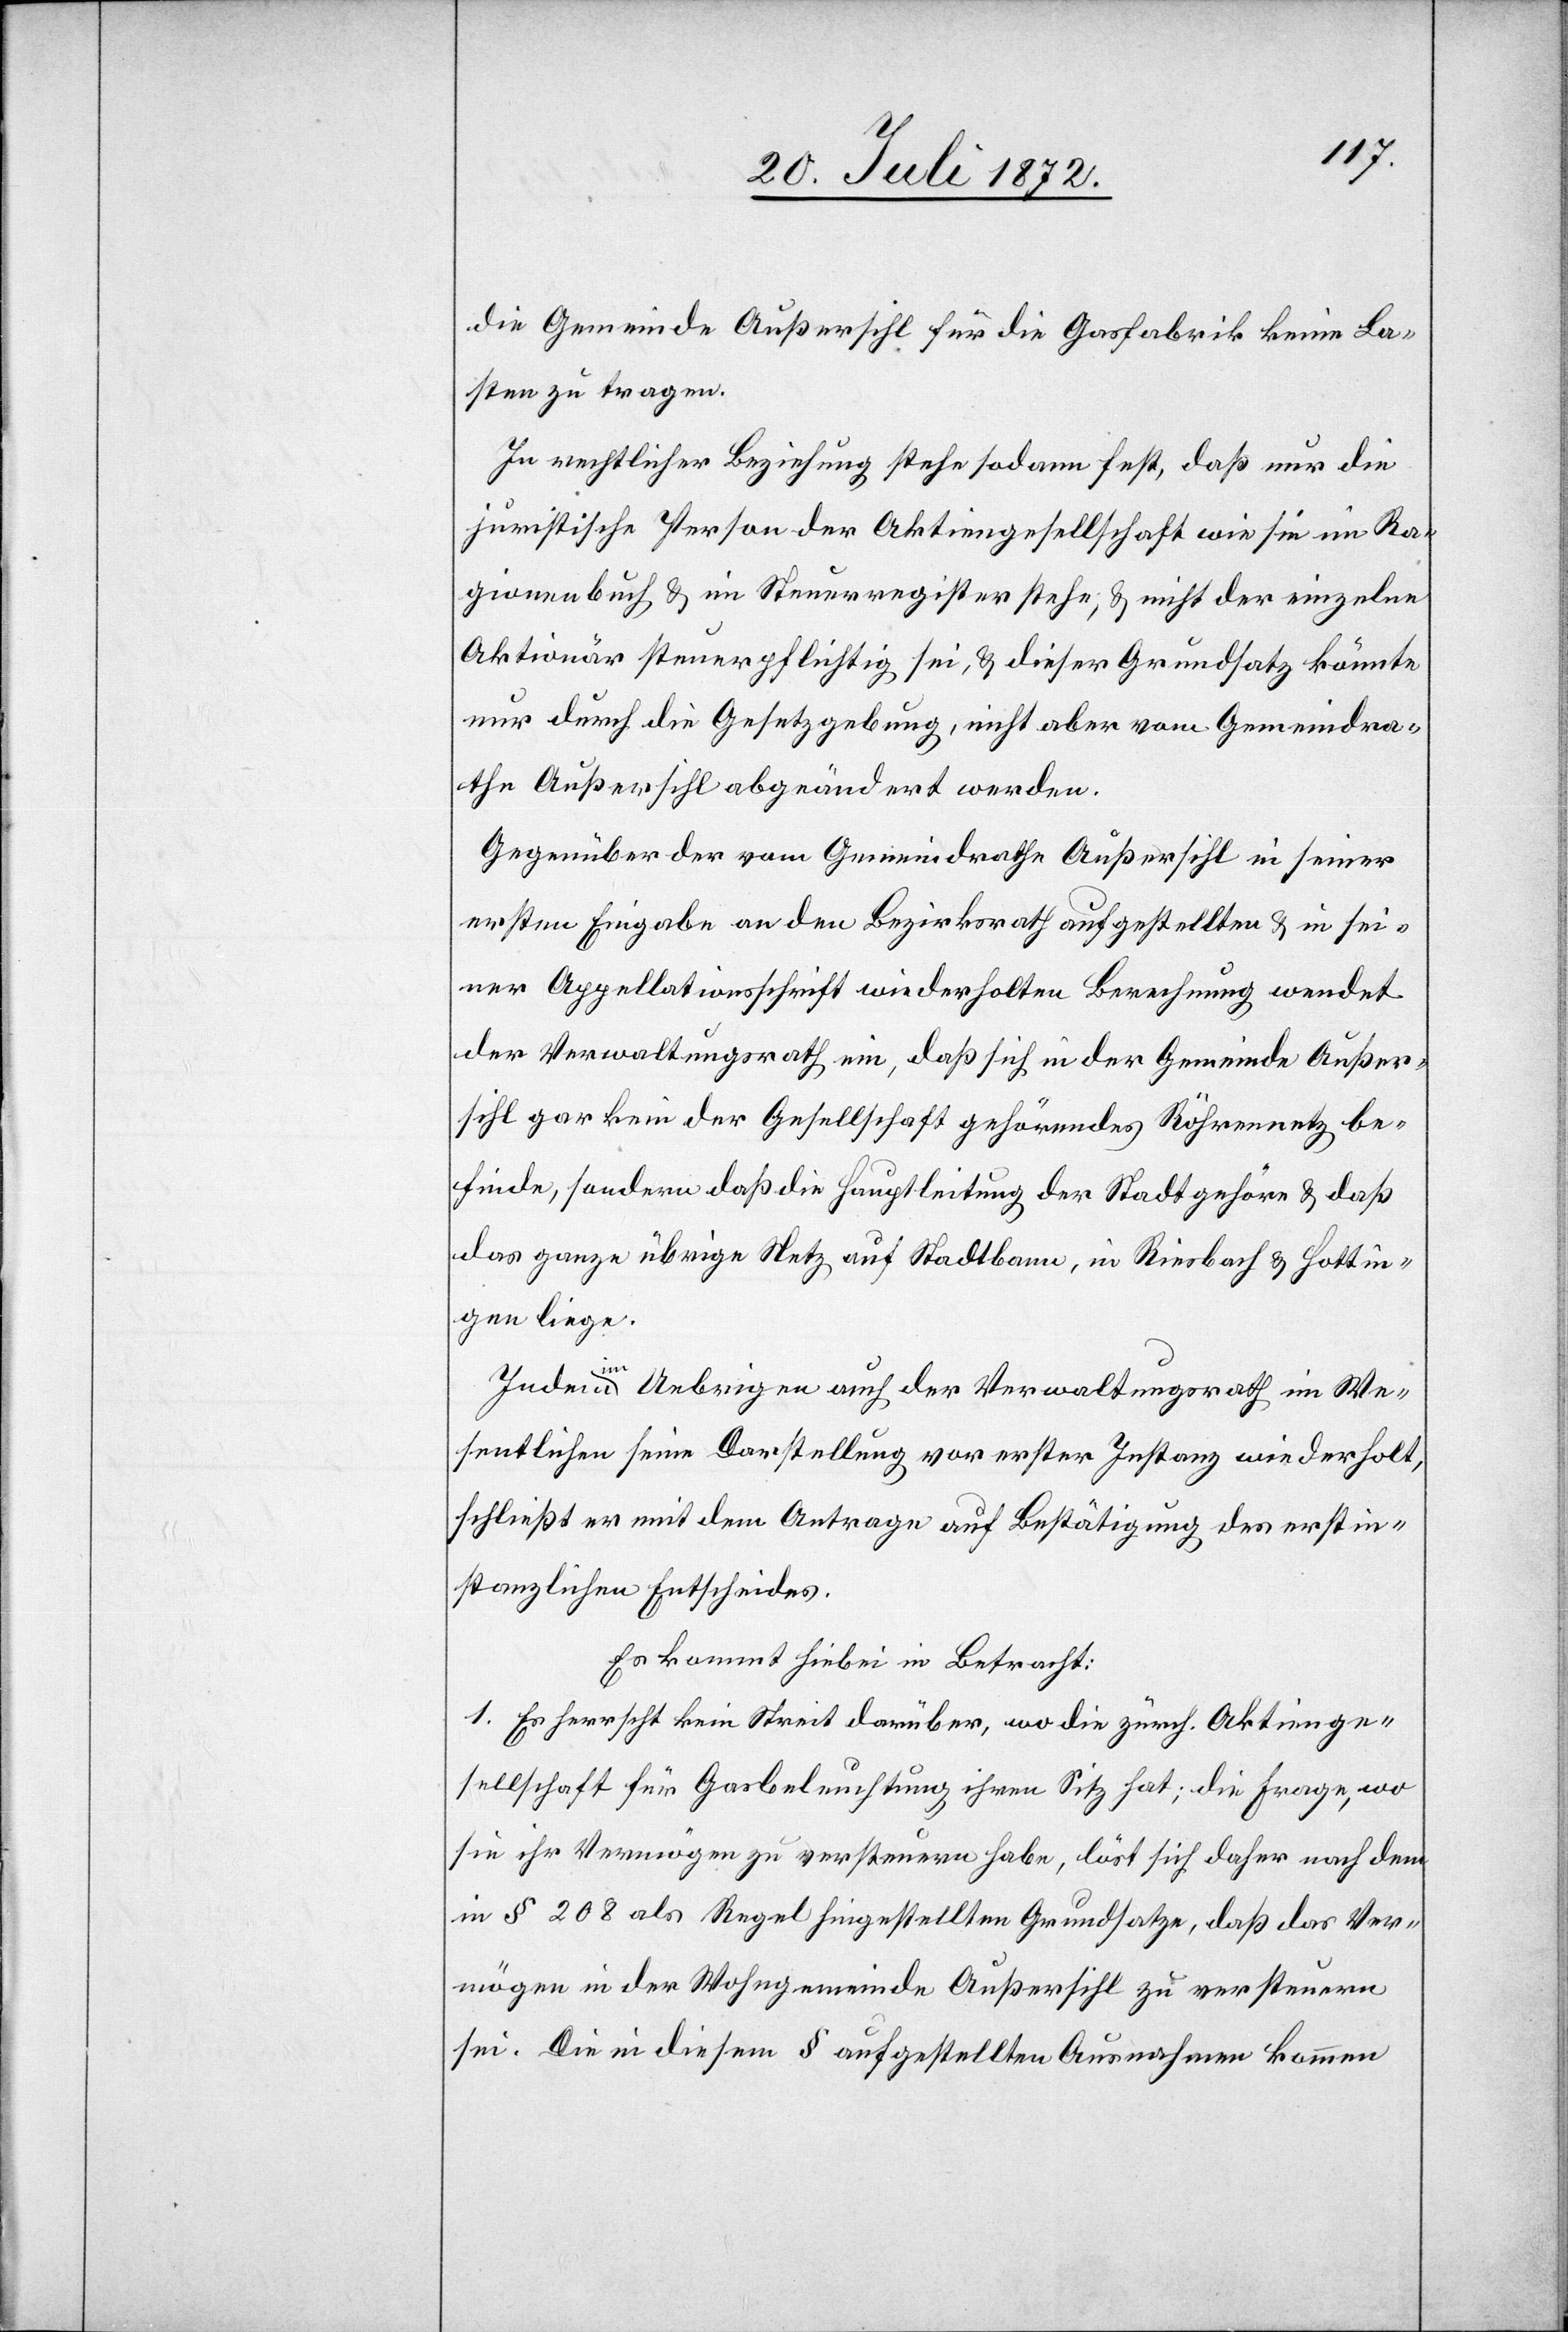
die Gemeinde Außersihl für die Gasfabrik keine La¬
sten zu tragen.
In rechtlicher Beziehung stehe sodann fest, daß nur die
juristische Person der Aktiengesellschaft wie sie im Ra¬
gionenbuch u. im Steuerregister stehe, u. nicht der einzelne
Aktionär steuerpflichtig sei, u. dieser Grundsatz könnte
nur durch die Gesetzgebung, nicht aber vom Gemeindra¬
the Außersihl abgeändert werden.
Gegenüber der vom Gemeindrathe Außersihl in seiner
ersten Eingabe an den Bezirksrath aufgestellten u. in sei¬
ner Appellationsschrift wiederholten Berechnung wendet
der Verwaltungsrath ein, daß sich in der Gemeinde Außer¬
sihl gar kein der Gesellschaft gehörendes Röhrennetz be¬
finde, sondern daß die Hauptleitung der Stadt gehöre u. daß
das ganze übrige Netz auf Stadtbann, in Riesbach u. Hottin¬
gen liege.
Indem im Uebrigen auch der Verwaltungsrath im We¬
sentlichen seine Darstellung vor erster Instanz wiederholt,
schließt er mit dem Antrag auf Bestätigung des erstin¬
stanzlichen Entscheides.
Es kommt hiebei in Betracht:
1. Es herrscht kein Streit darüber, wo die zürch. Aktienge¬
sellschaft für Gasbeleuchtung ihren Sitz hat; die Frage, wo
sie ihr Vermögen zu versteuern habe, löst sich daher nach dem
in § 208 als Regel hingestellten Grundsatze, daß das Ver¬
mögen in der Wohngemeinde Außersihl zu versteuern
sei. Die in diesem § aufgestellten Ausnahmen kommen